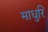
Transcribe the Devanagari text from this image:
माधुरि